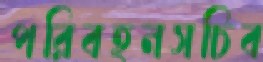
পরিবহনসচিব